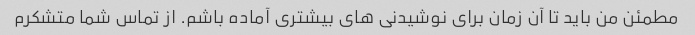
مطمئن من باید تا آن زمان برای نوشیدنی های بیشتری آماده باشم. از تماس شما متشکرم